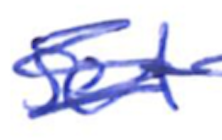
Text: set
Cross-out: scratch
Writing tool: ballpoint